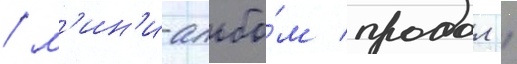
/ м'ин'и-альбо́м продал 1